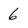
Character: 6